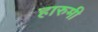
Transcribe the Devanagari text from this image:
हारुमी